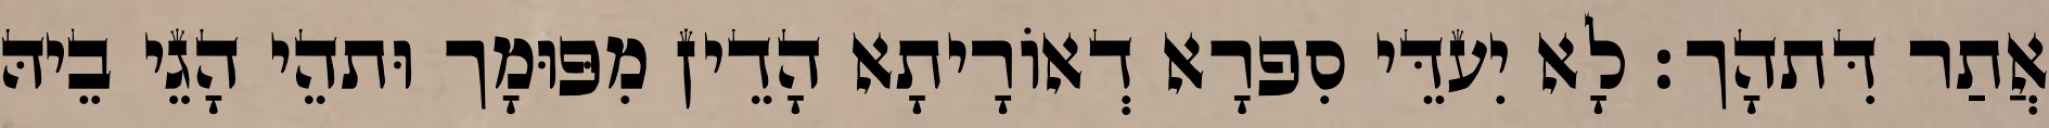
אֲתַר דִּתהָך׃ לָא יִעדֵּי סִפרָא דְאוֹרָיתָא הָדֵין מִפּוּמָך וּתהֵי הָגֵי בֵיהּ